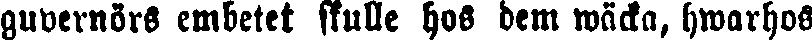
guvernörs embetet skulle hos dem wäcka, hwarhos